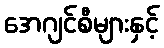
အေဂျင်စီများနှင့်